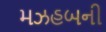
મઝહબની